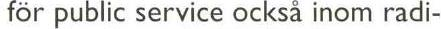
för public service också inom radi-